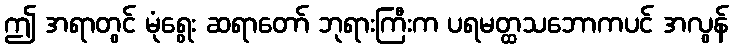
ဤ အရာတွင် မုံရွေး ဆရာတော် ဘုရားကြီးက ပရမတ္ထသဘောကပင် အလွန်